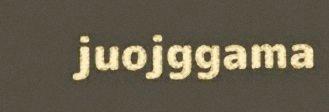
juojggama